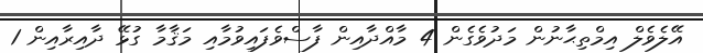
އޭލެވެލް އިމްތިޙާނުން މަދުވެގެން 4 މާއްދާއިން ފާސްވެފައިވުމާއި މަޤާމާ ގުޅޭ ދާއިރާއިން 1